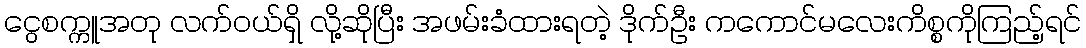
ငွေစက္ကူအတု လက်ဝယ်ရှိ လို့ဆိုပြီး အဖမ်းခံထားရတဲ့ ဒိုက်ဦး ကကောင်မလေးကိစ္စကိုကြည့်ရင်